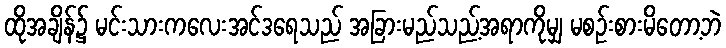
ထိုအချိန်၌ မင်းသားကလေးအင်ဒရေသည် အခြားမည်သည့်အရာကိုမျှ မစဉ်းစားမိတော့ဘဲ